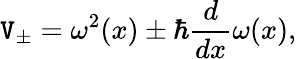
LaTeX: \mathtt{V}_{\pm}=\omega^{2}(x)\pm\hbar\frac{{d}}{{dx}}\omega(x),